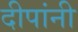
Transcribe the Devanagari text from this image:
दीपांनी